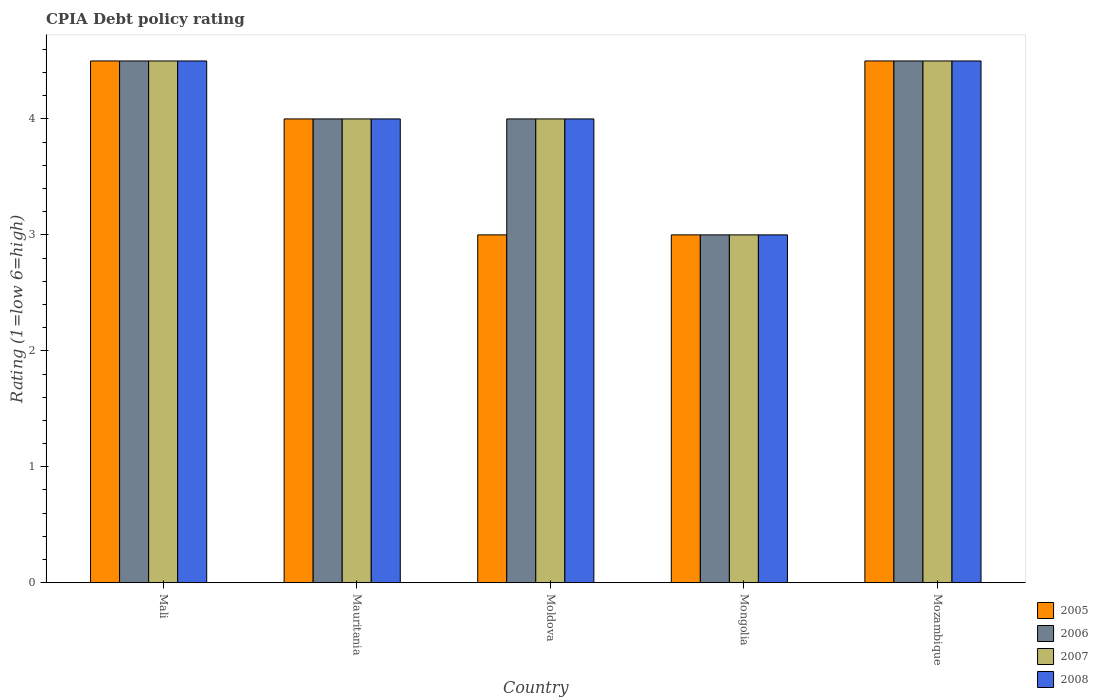
| Country | 2005 | 2006 | 2007 | 2008 |
 | --- | --- | --- | --- | --- |
 | Mali | 4.5 | 4.5 | 4.5 | 4.5 |
 | Mauritania | 4 | 4 | 4 | 4 |
 | Moldova | 3 | 4 | 4 | 4 |
 | Mongolia | 3 | 3 | 3 | 3 |
 | Mozambique | 4.5 | 4.5 | 4.5 | 4.5 |